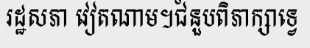
រដ្ឋសភា វៀតណាម។ជំនួបពិភាក្សាទ្វេ